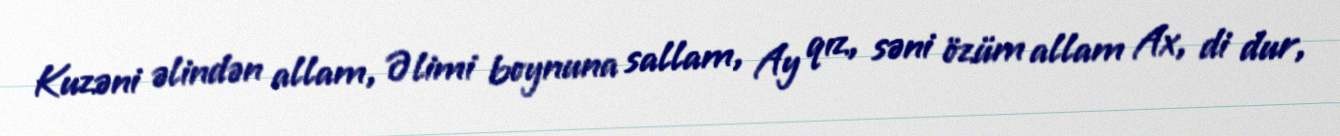
Kuzəni əlindən allam, Əlimi boynuna sallam, Ay qız, səni özüm allam Ax, di dur,